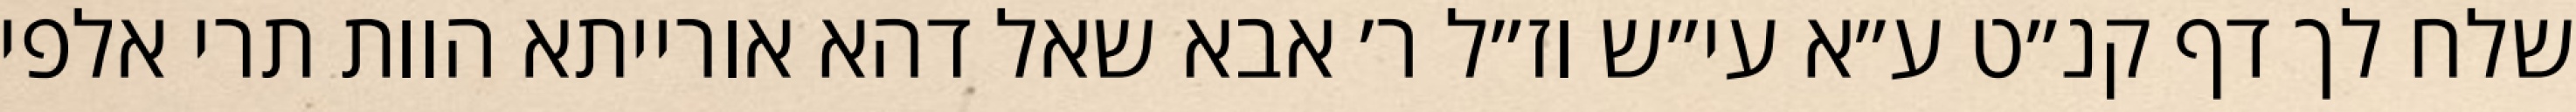
שלח לך דף קנ״ט ע״א עי״ש וז״ל ר׳ אבא שאל דהא אורייתא הוות תרי אלפי